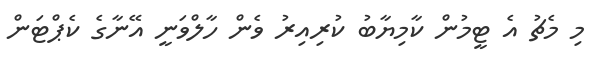
މި މެޗު އެ ޓީމުން ކާމިޔާބު ކުރިއިރު ވެން ހާލްވަނީ އޭނާގެ ކެޕްޓަން